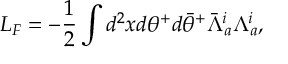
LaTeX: L _ { F } = - \frac { 1 } { 2 } \int d ^ { 2 } x d \theta ^ { + } d { \bar { \theta } } ^ { + } { \bar { \Lambda } } _ { a } ^ { i } \Lambda _ { a } ^ { i } ,